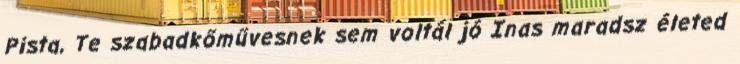
Pista, Te szabadkő­mű­­ves­nek sem vol­tál jó Inas maradsz életed